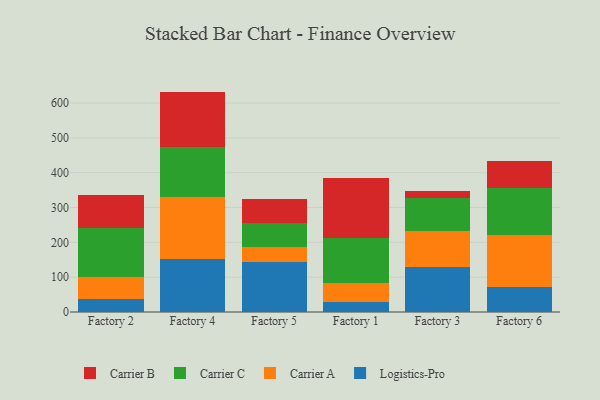
{"axis": {"x": "Factory", "y": "Satisfaction Score"}, "legend": ["Carrier A", "Carrier B", "Carrier C", "Logistics-Pro"], "data": [{"x": "Factory 2", "y": 37.5, "type": "Logistics-Pro"}, {"x": "Factory 2", "y": 62.7, "type": "Carrier A"}, {"x": "Factory 2", "y": 141.2, "type": "Carrier C"}, {"x": "Factory 2", "y": 96.0, "type": "Carrier B"}, {"x": "Factory 4", "y": 153.3, "type": "Logistics-Pro"}, {"x": "Factory 4", "y": 176.3, "type": "Carrier A"}, {"x": "Factory 4", "y": 142.8, "type": "Carrier C"}, {"x": "Factory 4", "y": 160.5, "type": "Carrier B"}, {"x": "Factory 5", "y": 142.8, "type": "Logistics-Pro"}, {"x": "Factory 5", "y": 43.1, "type": "Carrier A"}, {"x": "Factory 5", "y": 69.8, "type": "Carrier C"}, {"x": "Factory 5", "y": 70.1, "type": "Carrier B"}, {"x": "Factory 1", "y": 28.6, "type": "Logistics-Pro"}, {"x": "Factory 1", "y": 55.8, "type": "Carrier A"}, {"x": "Factory 1", "y": 129.2, "type": "Carrier C"}, {"x": "Factory 1", "y": 170.1, "type": "Carrier B"}, {"x": "Factory 3", "y": 128.4, "type": "Logistics-Pro"}, {"x": "Factory 3", "y": 105.3, "type": "Carrier A"}, {"x": "Factory 3", "y": 94.7, "type": "Carrier C"}, {"x": "Factory 3", "y": 17.9, "type": "Carrier B"}, {"x": "Factory 6", "y": 71.2, "type": "Logistics-Pro"}, {"x": "Factory 6", "y": 148.6, "type": "Carrier A"}, {"x": "Factory 6", "y": 136.4, "type": "Carrier C"}, {"x": "Factory 6", "y": 77.4, "type": "Carrier B"}]}